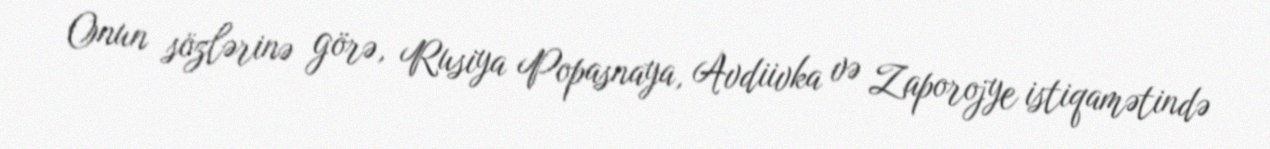
Onun sözlərinə görə, Rusiya Popasnaya, Avdiivka və Zaporojye istiqamətində